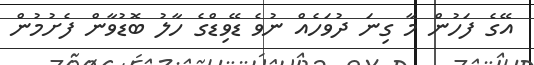
އޭގެ ފަހުން މާ ގިނަ ދުވަހެއް ނުވެ ޑޭވިޑްގެ ހާލު ބޮޑުވާން ފެށުމުން